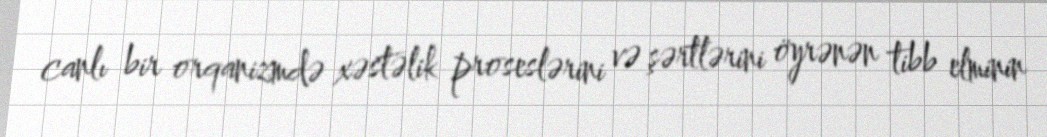
canlı bir orqanizmdə xəstəlik proseslərini və şərtlərini öyrənən tibb elminin